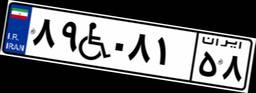
۶۴W۲۷۹۰۳